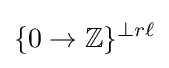
\{0\to \mathbb {Z} \}^{\perp r\ell }